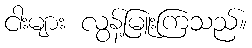
ငါးများ လွန့်မြူးကြသည်။